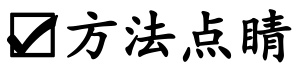
$\boxed{\checkmark}方法点睛$